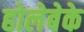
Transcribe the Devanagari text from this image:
होलेबेके